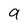
Character: 9